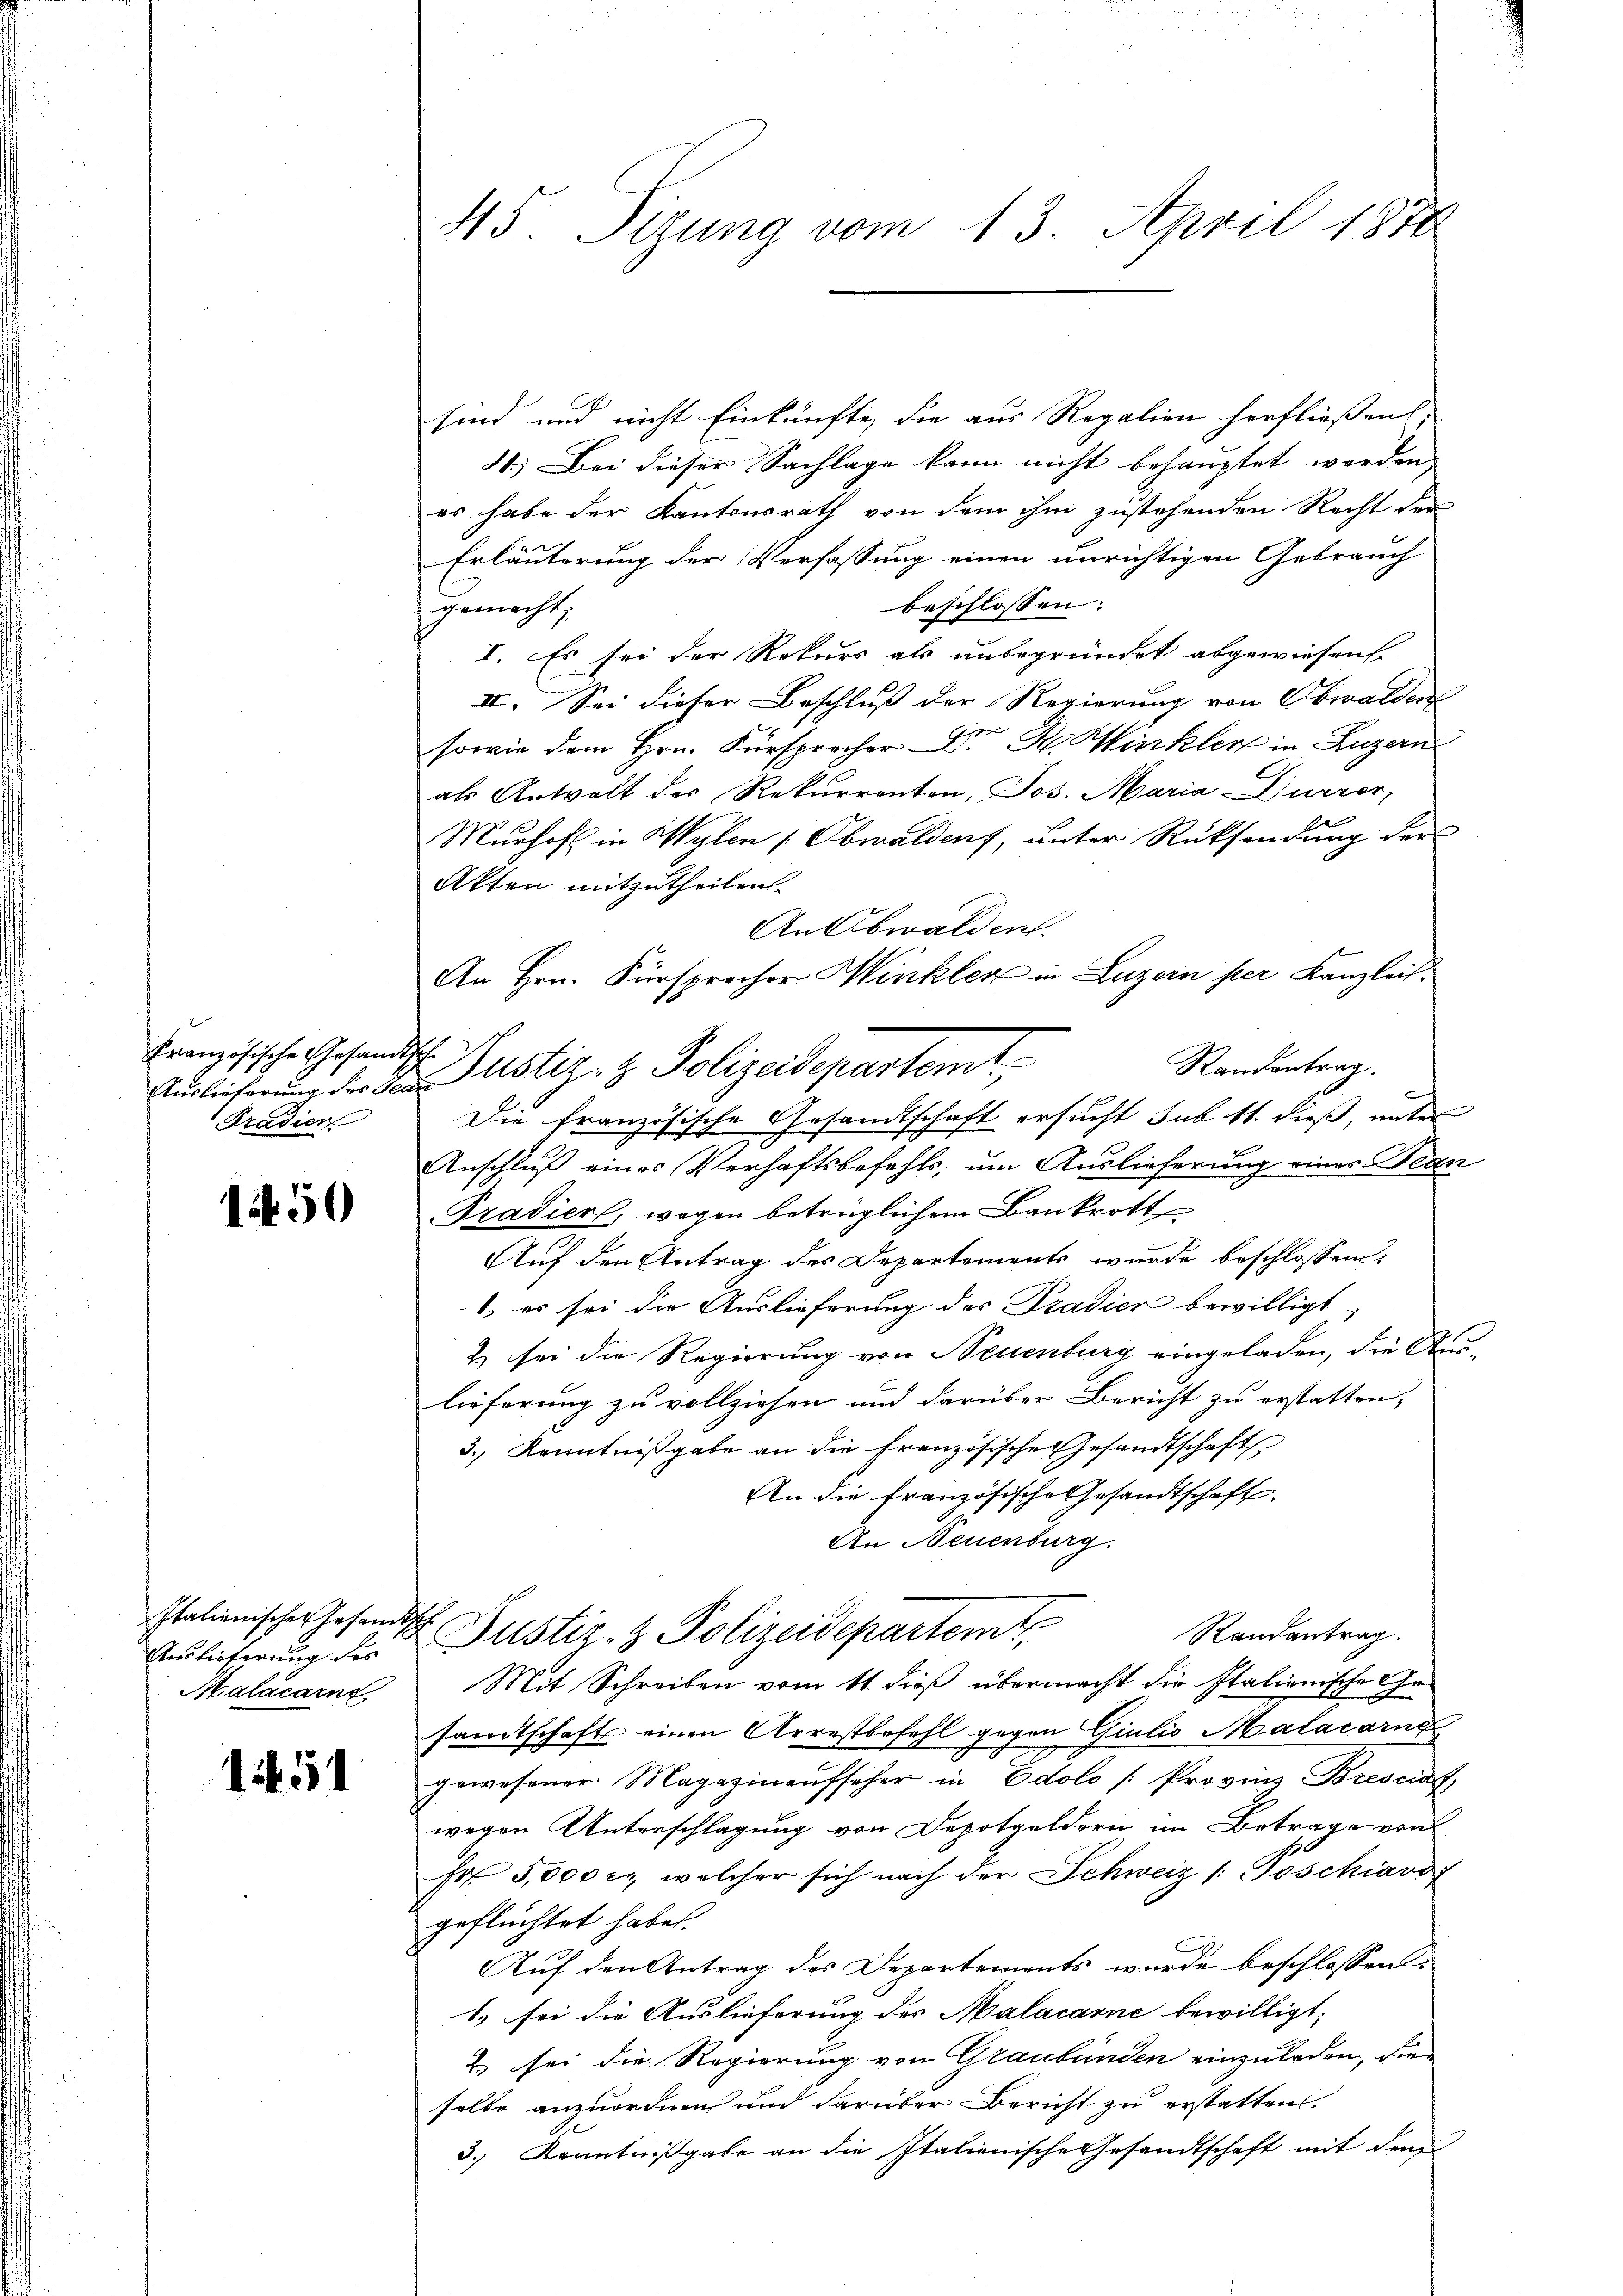
Französische Gesandtsche
Pradier

150

Italienischer Gesandt¬
Auslieferung des
Malacarne

1451

45. Sizung vom 13. April 1870

sind und nicht Einkünfte, die aus Regalien herfliessen, |
4.) Bei dieser Sachlage kann nicht behauptet worden,
es habe der Kantonsrath von dem ihm zustehenden Recht der
Erläuterung der Verfassung einen unrichtigen Gebrauch
beschlossen:
gemacht;
I. Es sei der Rekurs als unbegründet abgewiesen.
II. Sei dieser Beschluß der Regierung von Obwalden
sowie dem Hrn. Fürsprocher Dr. H. Winkler in Luzern
als Antwalt der Rekurrenten, Jos. Maria Dürrer,
Murhof in Wylen (Obwalden, unter Rücksendung der
Akten mitzutheilen.
An Obwalden.
Anschluß eines Verhaftsbefehls, um Auslieferung eines Tern
Tradierl, wegen betrüglichem Bankrott
Auf den Antrag des Departements wurde beschlossen:
1) es sei die Auslieferung des Pradier bewilligt,
2) sei die Regierung von Neuenburg eingeladen, die Aus-
lieferung zu vollziehen und darüber Bericht zu erstatten,
3. Kenntnißgabe an die französischen Gesandtschaft
An die französische Gesandtschaft
An Neuenburg.
Gr
Justiz- & Polizeidepartemt,
Randantrag.
Mit Schreiben vom 11. dieß übermacht die Italienische Gesamtschafts einen Arrestbefehl gegen Giulio Malacarng
gewesener Magazin aufseher in Edolo /: Provins Bresciat
wegen Unterschlagung von Depotgeldern im Betrage von
Fr. 5000 l., welcher sich nach der Schweiz /: Toschiavo
geflüchtet habe.
Auf den Antrag der Departements wurde beschlossen:
1.) sei die Auslieferung des Malacarne bewilligt;
2.) sei die Regierung von Graubünden einzuladen, die
selbe anzuordnen und darüber Bericht zu erstatten.
3.) Kenntnißgabe an die Italienische Gesandtschaft mit den

An Hrn. Fürsprocher Winkler in Luzern per Kanzleis
Randantrag.
Zürlicherung der 2. Justiz- & Polizeidepartemt
Die französische Gesandtschaft ersucht sub 11. dieß, unter